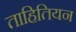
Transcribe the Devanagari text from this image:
ताहितियन